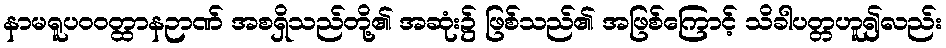
နာမရူပဝဝတ္ထာနဉာဏ် အစရှိသည်တို့၏ အဆုံး၌ ဖြစ်သည်၏ အဖြစ်ကြောင့် သိခါပတ္တဟူ၍လည်း